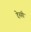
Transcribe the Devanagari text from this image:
देनगी